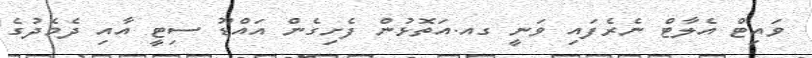
ވައިޓް އެލާޓް ނެރެފައި ވަނީ ގއ.އަތޮޅުން ފެށިގެން އައްޑޫ ސިޓީ އާއި ދެމެދުގެ